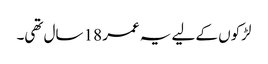
لڑکوں کے لیے یہ عمر 18 سال تھی۔